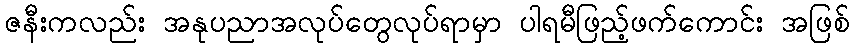
ဇနီးကလည်း အနုပညာအလုပ်တွေလုပ်ရာမှာ ပါရမီဖြည့်ဖက်ကောင်း အဖြစ်